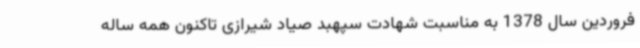
فروردین سال 1378 به مناسبت شهادت سپهبد صیاد شیرازی تاکنون همه ساله